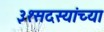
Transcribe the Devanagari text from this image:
३१सदस्यांच्या